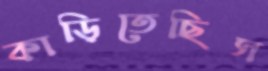
কাড়িতেছিস